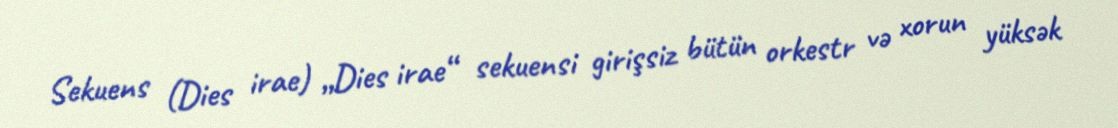
Sekuens (Dies irae) „Dies irae“ sekuensi girişsiz bütün orkestr və xorun yüksək